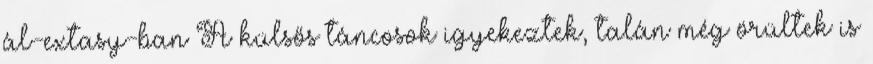
ál-extasy-ban A külsős táncosok igyekeztek, talán még örültek is